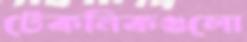
টেকনিকগুলো